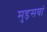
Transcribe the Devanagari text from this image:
मुड़सवां